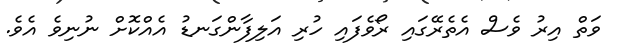
ވަތް އިރު ވެސް އެތެރޭގައި ރޯވެފައި ހުރި އަލިފާންގަނޑު އެއްކޮށް ނުނިވެ އެވެ.